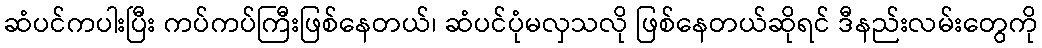
ဆံပင်ကပါးပြီး ကပ်ကပ်ကြီးဖြစ်နေတယ်၊ ဆံပင်ပုံမလှသလို ဖြစ်နေတယ်ဆိုရင် ဒီနည်းလမ်းတွေကို